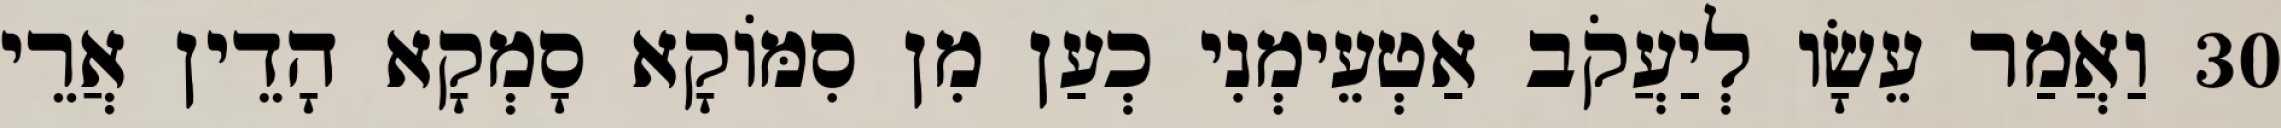
30 וַאֲמַר עֵשָׂו לְיַעֲקֹב אַטְעֵימְנִי כְעַן מִן סִמּוֹקָא סָמְקָא הָדֵין אֲרֵי